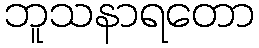
ဘူသနာရတော